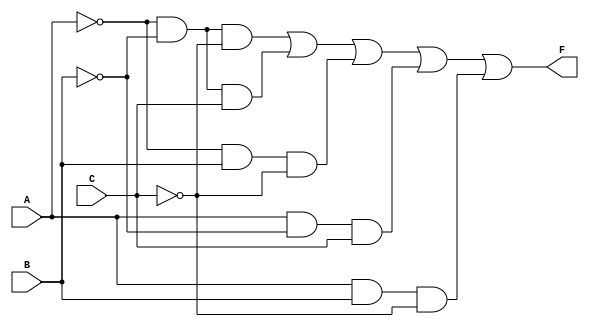
module kmap_3var (
    input wire A,  // Input variable A
    input wire B,  // Input variable B
    input wire C,  // Input variable C
    output wire F  // Output of the combinational logic block
);

// K-map representation
// Assuming the following minterms are 1 based on the K-map:
// Minterms: 0, 1, 2, 5, 6 (for example)
// This corresponds to the simplified expression: F = A'C' + A'B + AB' + AC

assign F = (~A & ~B & ~C) |  // Minterm 0
           (~A & ~B & C)  |  // Minterm 1
           (~A & B & ~C)  |  // Minterm 2
           (A & ~B & C)   |  // Minterm 5
           (A & B & ~C);      // Minterm 6

endmodule